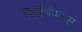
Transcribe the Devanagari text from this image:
फिलिपिकस